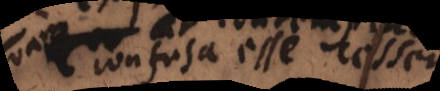
ut confusa esse cessent